Source: Handwritten
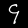
Digit: ၄ (4)